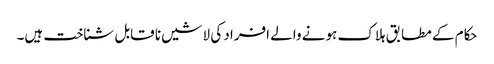
حکام کے مطابق ہلاک ہونے والے افراد کی لاشیں نا قابل شناخت ہیں۔